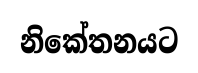
නිකේතනයට